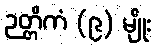
ဉတ္တိကံ (၉) မျိုး